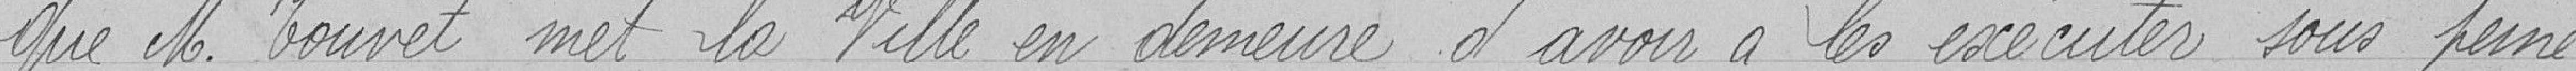
Que Monsieur Touvet met la Ville en demeure d'avoir à les exécuter sous peinte